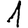
Digit: 1